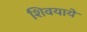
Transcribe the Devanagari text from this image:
शिवयायें